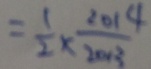
= \frac { 1 } { 2 } \times \frac { 2 0 1 4 } { 2 0 1 3 }